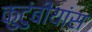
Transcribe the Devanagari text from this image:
कुटुंबीयांस